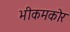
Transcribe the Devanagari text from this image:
भीकमकोर